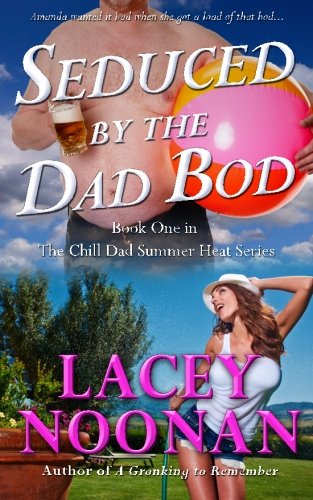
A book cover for Seduced by the Dad Bod (The Chill Dad Summer Heat Series) (Volume 1); Lacey Noonan; Romance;